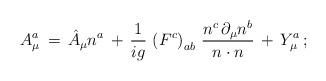
LaTeX: \begin{align*}A^a_\mu \, = \, \hat{A}_\mu n^a \, + \, \frac{1}{ig} \, \left( F^c \right)_{ab} \, \frac{n^c \, \partial_\mu n^b}{n \cdot n} \, + \, Y^a_\mu \, ; \end{align*}